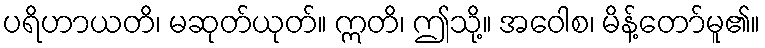
ပရိဟာယတိ၊ မဆုတ်ယုတ်။ ဣတိ၊ ဤသို့။ အဝေါစ၊ မိန့်တော်မူ၏။